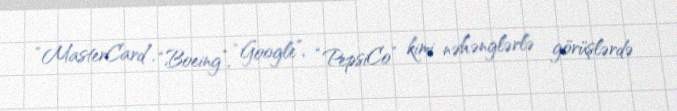
“MasterCard”, “Boeing”, “Google”, “PepsiCo” kimi nəhənglərlə görüşlərdə